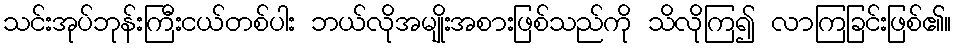
သင်းအုပ်ဘုန်းကြီးငယ်တစ်ပါး ဘယ်လိုအမျိုးအစားဖြစ်သည်ကို သိလိုကြ၍ လာကြခြင်းဖြစ်၏။